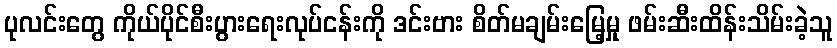
ပုလင်းတွေ ကိုယ်ပိုင်စီးပွားရေးလုပ်ငန်းကို ဒင်းဗား စိတ်မချမ်းမြေ့မှု ဖမ်းဆီးထိန်းသိမ်းခဲ့သူ